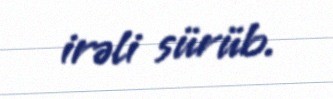
irəli sürüb.